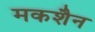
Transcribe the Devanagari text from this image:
मकशैन